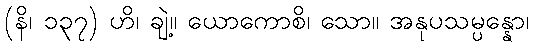
(နိ၊ ၁၃၇) ဟိ၊ ချဲ့။ ယောကောစိ၊ သော။ အနုပသမ္ပန္နော၊